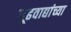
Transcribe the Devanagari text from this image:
गूढवाद्यांच्या